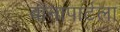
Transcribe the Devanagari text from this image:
बोनापार्टला